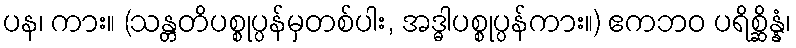
ပန၊ ကား။ (သန္တတိပစ္စုပ္ပန်မှတစ်ပါး, အဒ္ဓါပစ္စုပ္ပန်ကား။) ဧကဘဝ ပရိစ္ဆိန္နံ၊